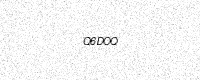
Text: Q6DOQ